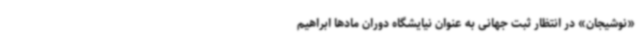
«نوشیجان» در انتظار ثبت جهانی به عنوان نیایشگاه دوران مادها ابراهیم